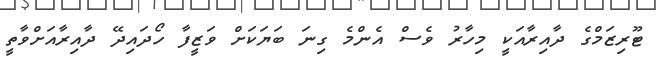
ޓޫރިޒަމްގެ ދާއިރާއަކީ މިހާރު ވެސް އެންމެ ގިނަ ބަޔަކަށް ވަޒީފާ ހޯދައިދޭ ދާއިރާއަށްވާތީ